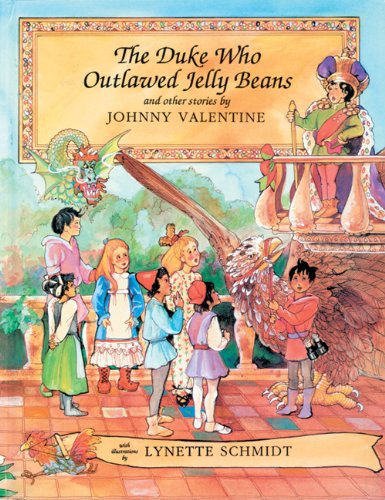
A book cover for The Duke Who Outlawed Jelly Beans and Other Stories; Johnny Valentine; Gay & Lesbian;